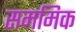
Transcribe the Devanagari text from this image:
सममिक